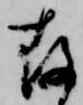
存